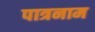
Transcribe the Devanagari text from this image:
पात्रनाम